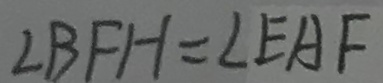
\angle B F H = \angle E A F